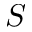
S